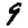
Digit: 9